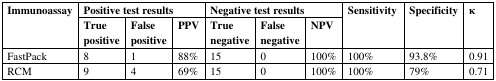
| <ROWSPAN=2> Immunoassay | <COLSPAN=3> Positive test results | <COLSPAN=3> Negative test results | <ROWSPAN=2> Sensitivity | <ROWSPAN=2> Specificity | <ROWSPAN=2> κ |
 | True positive | False positive | PPV | True negative | False negative | NPV |
 | --- | --- | --- | --- | --- | --- | --- | --- | --- | --- |
 | FastPack | 8 | 1 | 88% | 15 | 0 | 100% | 100% | 93.8% | 0.91 |
 | RCM | 9 | 4 | 69% | 15 | 0 | 100% | 100% | 79% | 0.71 |